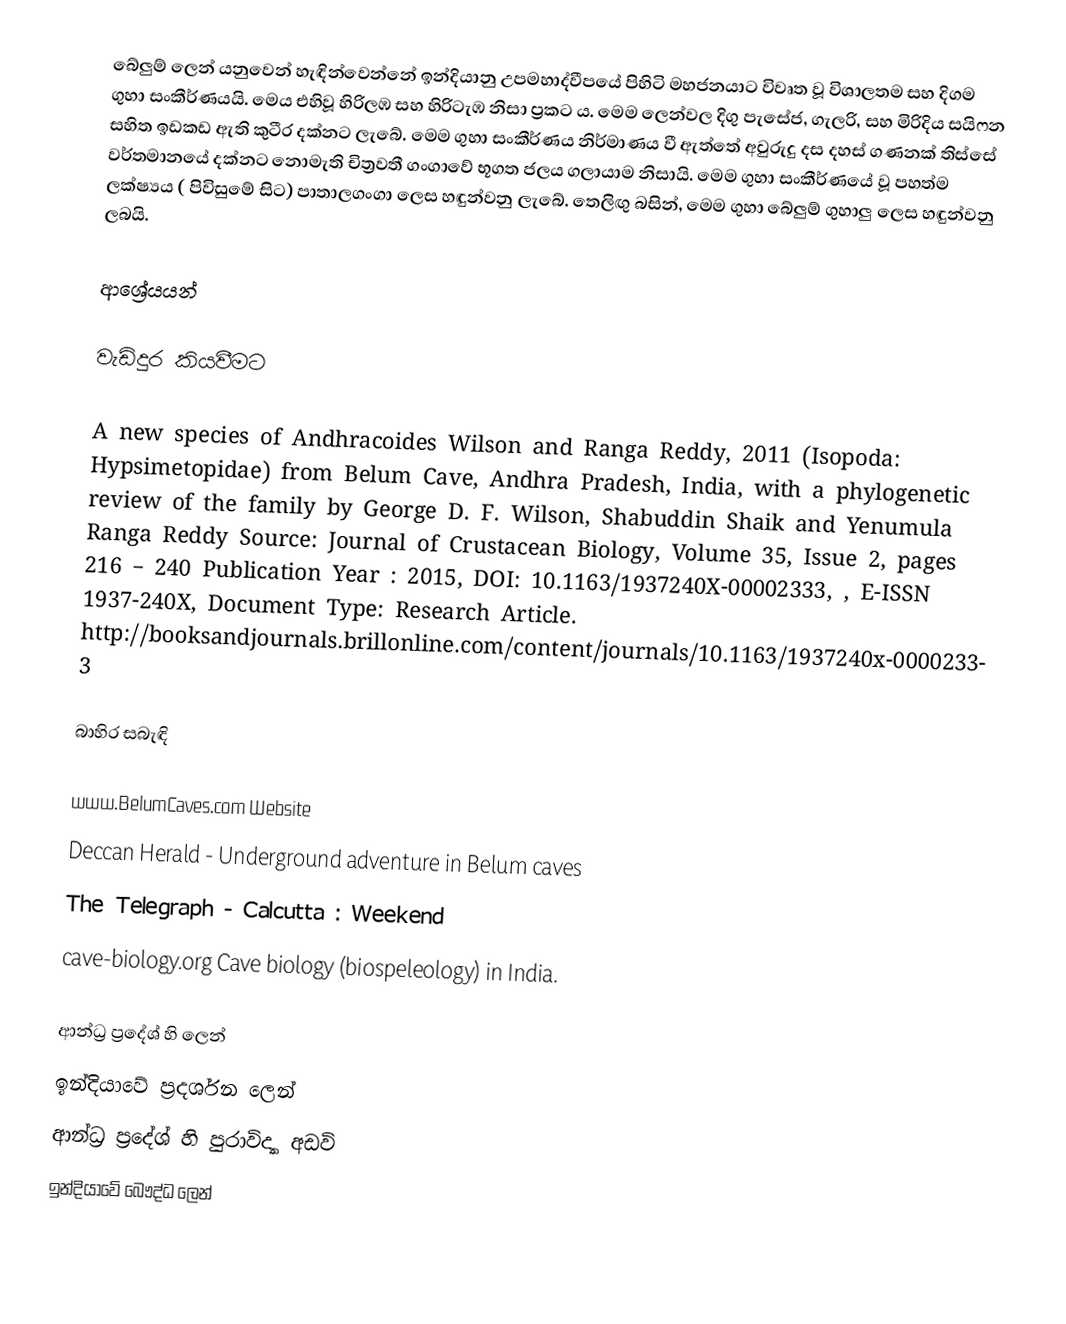
බේලුම් ලෙන් ‍යනුවෙන් හැඳින්වෙන්නේ ඉන්දියානු උපමහාද්වීපයේ පිහිටි මහජනයාට විවෘත වූ විශාලතම සහ දිගම ගුහා සංකීර්ණයයි. මෙය එහිවූ හිරිලඹ සහ හිරිටැඹ නිසා ප්‍රකට ය. මෙම ලෙන්වල දිගු පැසේජ, ගැලරි, සහ මිරිදිය සයිෆන සහිත ඉඩකඩ ඇති කුටීර දක්නට ලැබේ. මෙම ගුහා සංකීර්ණය නිර්මාණය වී ඇත්තේ අවුරුදු දස දහස් ගණනක් තිස්සේ වර්තමානයේ දක්නට නොමැති චිත්‍රවතී ගංගාවේ භූගත ජලය ගලායාම නිසායි. මෙම ගුහා සංකීර්ණයේ වූ පහත්ම ලක්ෂ්‍යය (  පිවිසුමේ සිට) පාතාලගංගා ලෙස හඳුන්වනු ලැබේ. තෙලිඟු බසින්, මෙම ගුහා  බේලුම් ගුහාලු ලෙස හඳුන්වනු ලබයි.

ආශ්‍රේයයන්

වැඩිදුර කියවීමට

 A new species of Andhracoides Wilson and Ranga Reddy, 2011 (Isopoda: Hypsimetopidae) from Belum Cave, Andhra Pradesh, India, with a phylogenetic review of the family by George D. F. Wilson, Shabuddin Shaik and Yenumula Ranga Reddy Source: Journal of Crustacean Biology, Volume 35, Issue 2, pages 216 – 240 Publication Year : 2015, DOI: 10.1163/1937240X-00002333, , E-ISSN 1937-240X, Document Type: Research Article. http://booksandjournals.brillonline.com/content/journals/10.1163/1937240x-00002333

බාහිර සබැඳි

 www.BelumCaves.com  Website
 Deccan Herald - Underground adventure in Belum caves
 The Telegraph - Calcutta : Weekend
 cave-biology.org Cave biology (biospeleology) in India.

ආන්ධ්‍ර ප්‍රදේශ් හි ලෙන්
ඉන්දියාවේ ප්‍රදර්ශන ලෙන්
ආන්ධ්‍ර ප්‍රදේශ් හි පුරාවිද්‍යා අඩවි
ඉන්දියාවේ බෞද්ධ ලෙන්